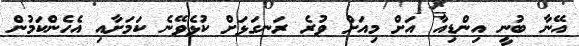
އޭނާ ބުނީ އިންޑިއާ އަށް މިއަށް ވުރެ ރަނގަޅަށް ކުޅެވޭނެ ކަމަށާއި އެހެންކަމުން